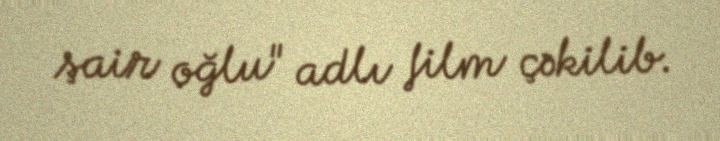
şair oğlu" adlı film çəkilib.